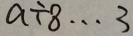
a \div 8 \cdots 3